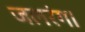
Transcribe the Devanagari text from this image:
जलरंग।